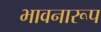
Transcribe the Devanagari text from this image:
भावनारूप